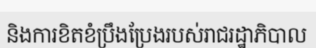
និងការខិតខំប្រឹងប្រែងរបស់រាជរដ្ឋាភិបាល